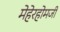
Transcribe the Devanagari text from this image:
मेहेरहोमजी